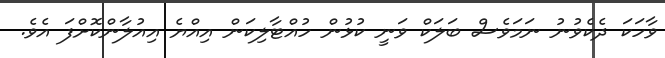
ވާހަކަ ދެކެވުނު ނަމަވެސް ބަލަކް ވަނީ ކުޅުން ހުއްޓާލިކަން އިއްޔެ އިއުލާންކޮށްފަ އެވެ.